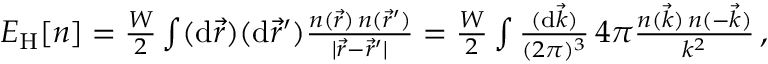
\begin{array} { r } { E _ { \mathrm { H } } [ n ] = \frac { W } { 2 } \int ( \mathrm { d } \vec { r } ) ( \mathrm { d } \vec { r } ^ { \prime } ) \frac { n ( \vec { r } ) \, n ( \vec { r } ^ { \prime } ) } { | \vec { r } - \vec { r } ^ { \prime } | } = \frac { W } { 2 } \int \frac { ( \mathrm { d } \vec { k } ) } { ( 2 \pi ) ^ { 3 } } \, 4 \pi \frac { n ( \vec { k } ) \, n ( - \vec { k } ) } { k ^ { 2 } } \, , } \end{array}